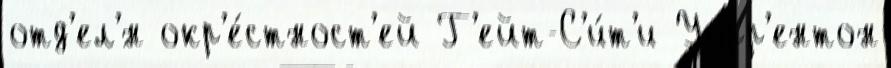
отд'ел'́н окр'е́стност'ей Г'ейт-С'и́т'и Уорр'ентон